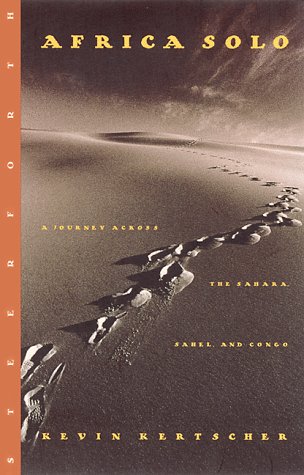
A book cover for Africa Solo: A Journey Across the Sahara, Sahel and Congo; Kevin Kertscher; Travel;